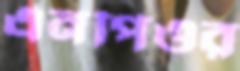
এনপিওর